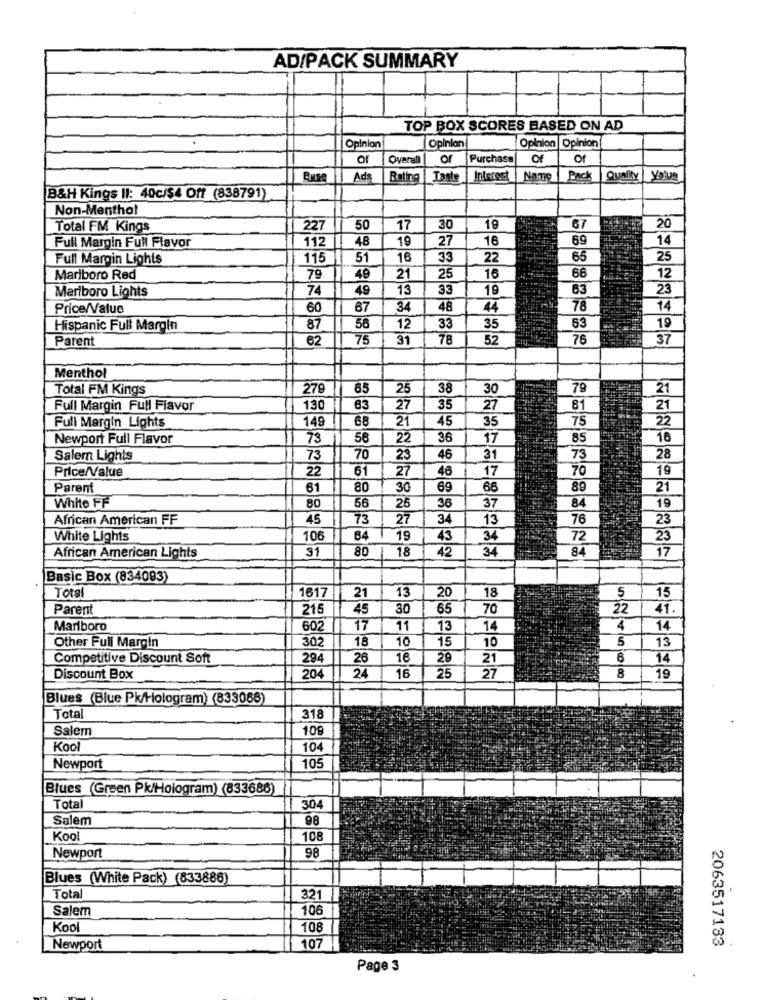
AD/PACK SUMMARY
TOP BOX SCORES BASED ON AD
Opinion
Opinion Opinion
Opinion
Of
Overall
or
Purchase
Of
of
Ads
Bating
Taste
Interest
Name
Pack
Quality
B&H Kings Il: 40c/$4 Off (838791)
Non-Menthol
Total FM Kings
227
50
17
30
19
67
20
11
48
19
27
69
14
Full Margin Full Flavor
16
Full Margin Lights
115
51
16
33
22
65
25
Mariboro Red
79
49
21
25
16
66
12
Marlboro Lights
74
49
13
33
19
63
23
Price/Value
60
67
34
48
44
78
14
Hispanic Full Margin
87
56
12
33
35
63
19
Parent
62
75
31
78
52
76
37
Menthol
Total FM Kings
279
65
25
38
30
79
21
Full Margin Full Fiavor
130
83
27
35
27
81
21
Full Margin Lights
149
68
21
45
35
75
22
Newport Full Flavor
73
56
22
36
17
85
16
Salem Lights
73
70
23
46
31
73
28
Price/Value
22
61
27
46
17
70
19
Parent
61
80
30
69
66
89
21
White FF
80
56
25
36
37
84
19
African American FF
45
73
27
34
13
76
23
White Lights
106
64
19
43
34
72
23
31
80
18
34
84
17
African American Lights
42
Basic Box (834083)
Total
20
1617
21
13
18
5
15
Parent
215
45
30
65
70
22
41
Marlboro
602
17
11
13
14
4
14
302
18
10
15
10
5
13
Other Full Margin
Competitive Discount Soft
294
26
16
29
21
14
Discount Box
204
24
16
25
27
8
19
Blues (Blue Pk/Hologram) (833086)
Total
318
Salem
108
Kool
104
105
Newport
Blues (Green Pk/Hologram) (833686)
Total
304
Salem
98
Kool
108
98
Newport
Blues (White Pack) (833886)
Total
321
Salem
106
Kool
108
2063517133
Newport
107
Page 3